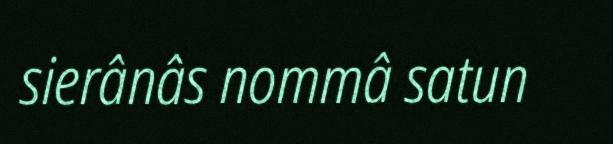
sierânâs nommâ satun